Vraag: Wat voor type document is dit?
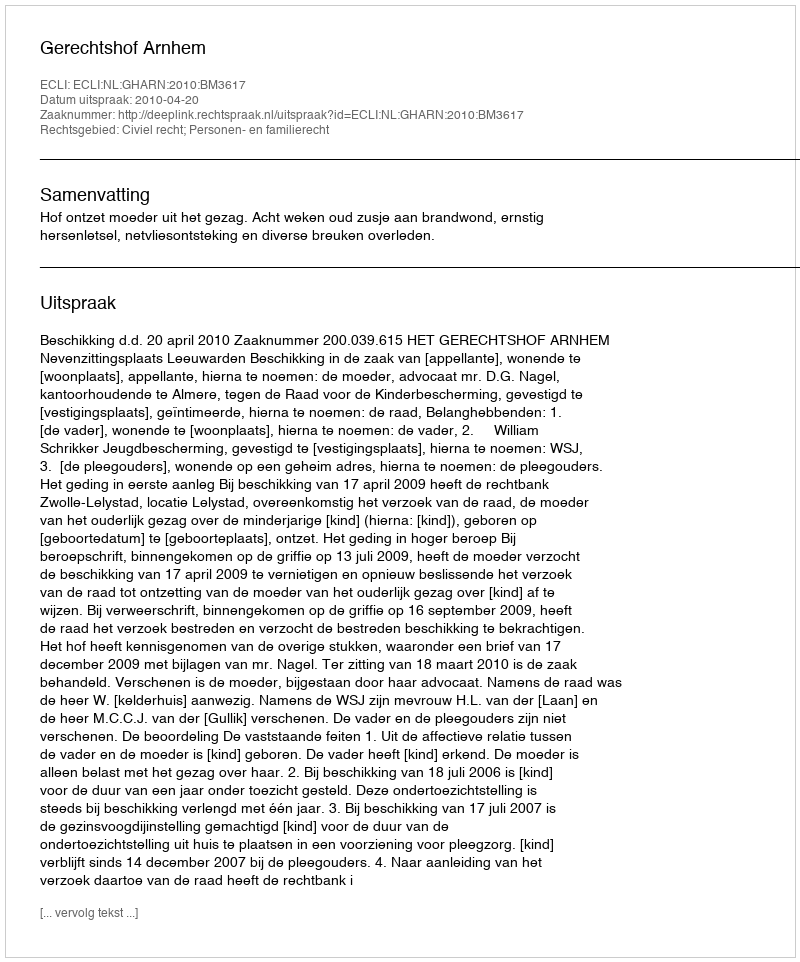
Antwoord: Uitspraak